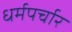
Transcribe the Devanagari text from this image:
धर्मपर्चार